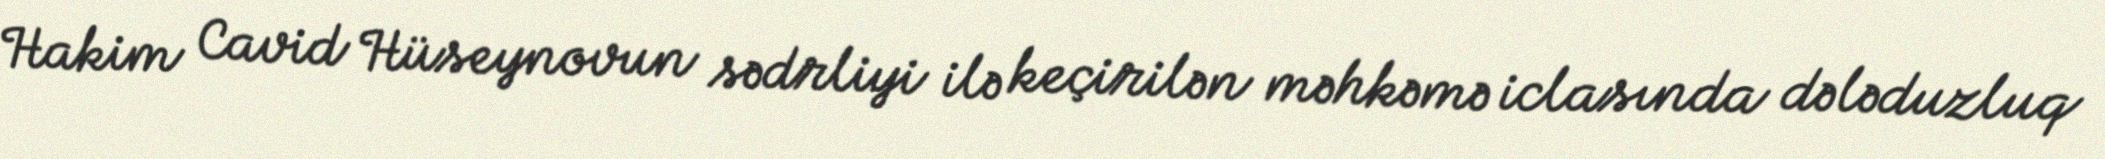
Hakim Cavid Hüseynovun sədrliyi ilə keçirilən məhkəmə iclasında dələduzluq